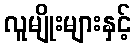
လူမျိုးများနှင့်